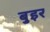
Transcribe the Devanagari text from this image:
बुइर